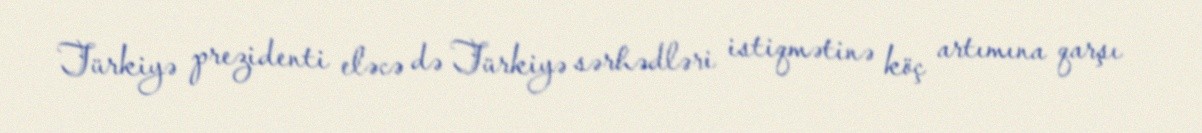
Türkiyə prezidenti eləcə də Türkiyə sərhədləri istiqmətinə köç artımına qarşı